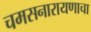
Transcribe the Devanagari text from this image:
चमसनारायणाचा